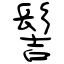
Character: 髻